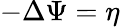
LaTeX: -\Delta\Psi=\eta